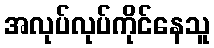
အလုပ်လုပ်ကိုင်နေသူ